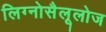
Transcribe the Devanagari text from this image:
लिग्नोसैलूलोज